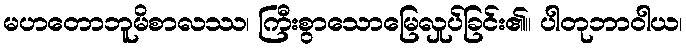
မဟတောဘူမိစာလဿ၊ ကြီးစွာသောမြေလှုပ်ခြင်း၏။ ပါတုဘာဝါယ၊